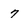
Character: 7